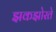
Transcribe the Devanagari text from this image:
झकझोरते